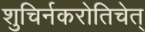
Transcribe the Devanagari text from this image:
शुचिर्नकरोतिचेत्